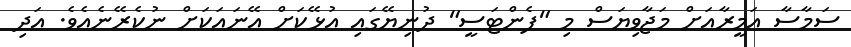
ސަމާސާ އަމީރާއަށް މަޖާވިޔަސް މި "ފެންޓަސީ" ދުނިޔޭގައި އުޅޭކަށް އޭނައަކަށް ނުކެރޭނެއެވެ. އަދި